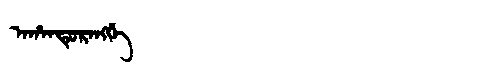
Manchu: ᠠᡥᠠᠨᡨᡠᡵᠠᠩᡤᡝ
Romanization: AHANTURANGGE